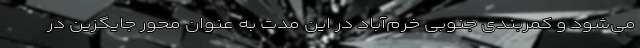
می‌شود و کمربندی جنوبی خرم‌آباد در این مدت به عنوان محور جایگزین در